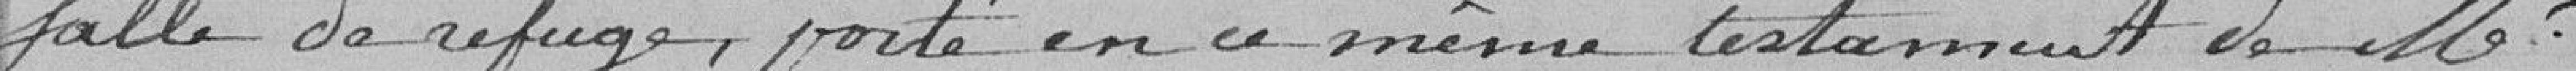
salle de refuge, porté en ce même testament de Monsieur